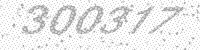
Solution: 300377